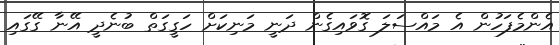
އެންމެފަހުން އެ މައްސަލަ ގޮވައިގެން ދަނީ މަނިކަށް ހަގީގަތް ބުނެދީ އޭނާ ގޭގައި